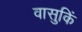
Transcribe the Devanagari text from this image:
वासुकिं